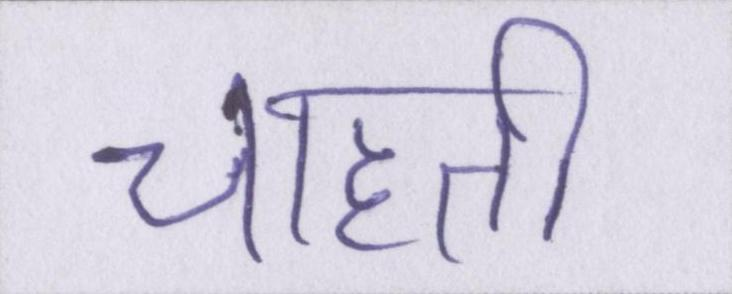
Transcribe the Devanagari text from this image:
चाहती